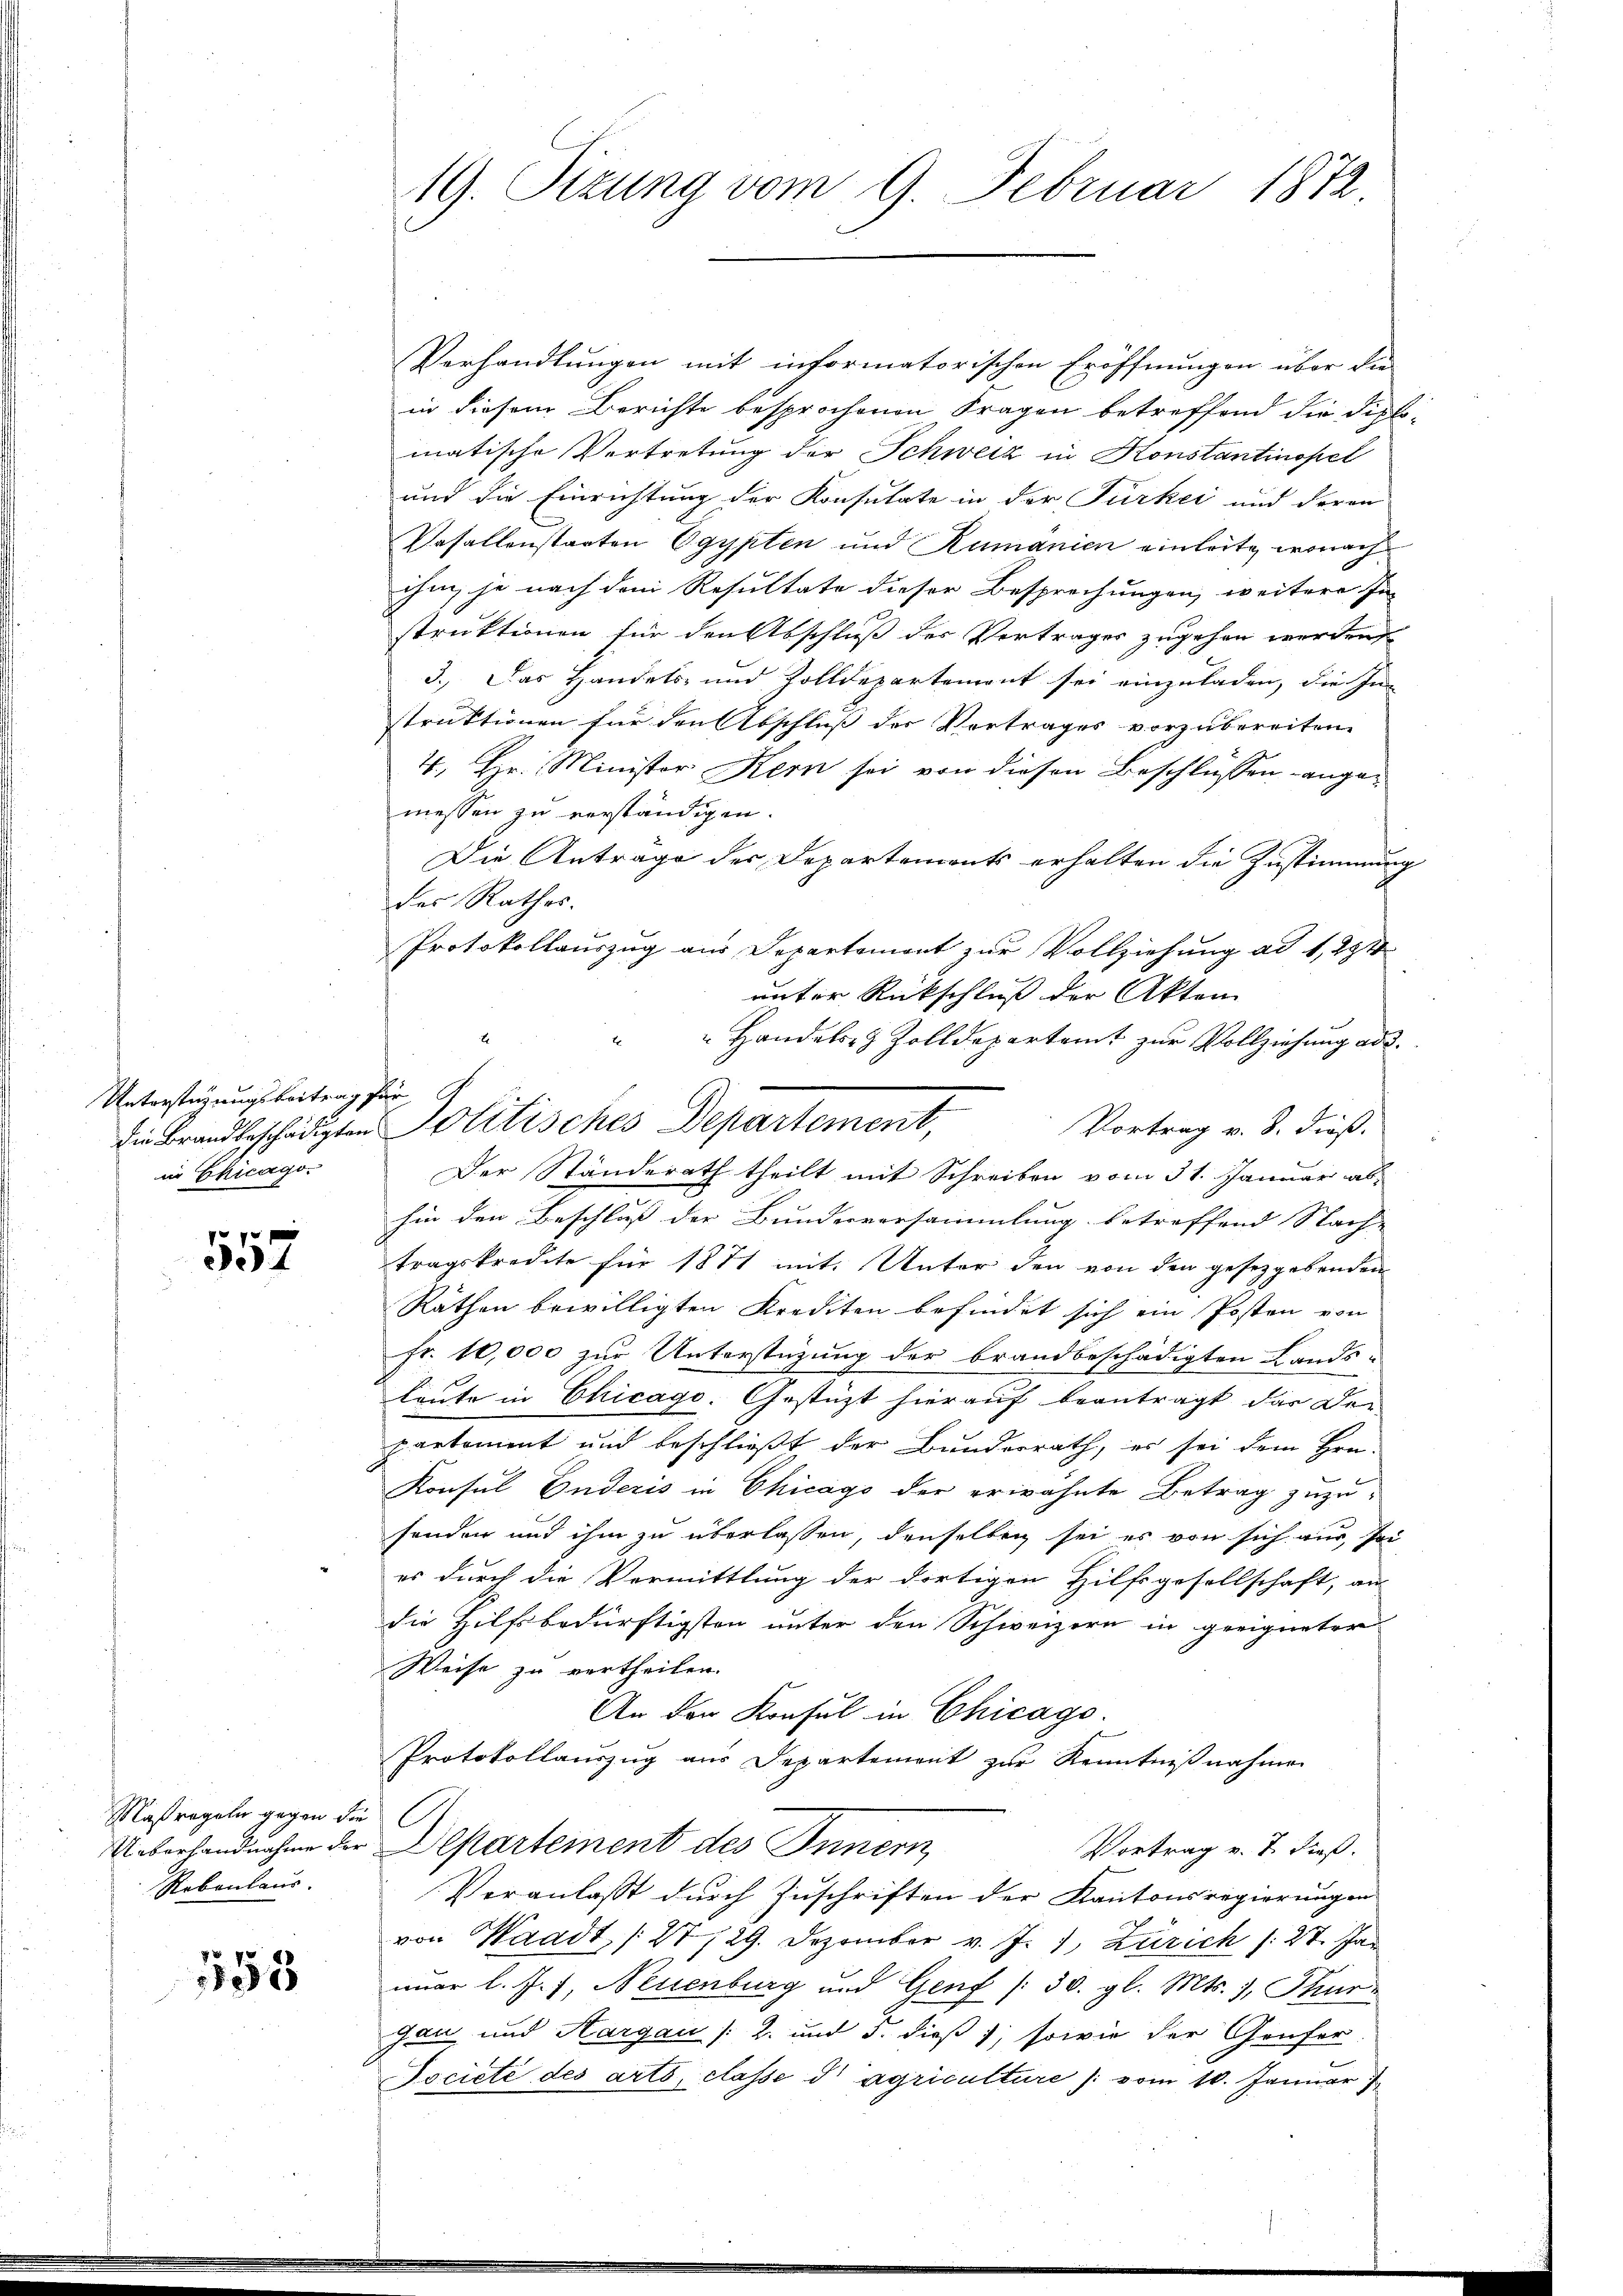
Unterstüzungsbeitrag für A
in Chicago.

f 0 x
4

Verhandlungen mit informatorischen Eröffnungen über die
in diesem Berichte besprochenen Fragen betreffend die Diplo-
matische Vertretung der Schweiz in Konstantinopel
und die Einrichtung der Konsulate in der Türkei und deren
Befallenstaaten Egypten und Rumanien einleite, wonach
ihm, je nach dem Resultate dieser Besprechungen, weitere In-
struktionen für den Abschluß des Vertrages zugehen werden
3.) Das Handels- und Zolldepartemont sei einzuladen, die Inn
struktionen für den Abschluß der Vertrages vorzubereiten.
4., Hr. Minister Kern sei von diesen Beschlüssen angemessen zu verständigen.
Die Antrage der Departements erhalten die Zustimmung
des Rathes.
Protokollauszug aus Departemont zur Vollziehung ad 1, 294
unter Rückschluß der Akten
 Handels- & Zolldepartamt zur Vollziehung ad d.
Vortrag v. 8. dieß.
Der Standerath theilt mit Schreiben vom 31. Januar ab-
hin den Beschluß der Bundesversammlung betreffend Sache
tragskredite für 1871 mit. Unter den von den gesetzgebenden
Räthen bewilligten Krediten befindet sich ein Posten von
fr. 10,000 zur Unterstüzung der brandbeschädigten Lands-
leute in Chicago. Gestützt hierauf beantragt, das Dei-
partement und beschließt der Bundesrath, es sei dem Hrn.
Konsul Guderis in Chicago der erwähnte Betrag zuzu-
senden und ihm zu überlassen, denselben sei es von sich aus, sei
es durch die Vermittlung der dortigen Hilfsgesellschaft, an
die Hilfsbedürftigsten unter den Schweizern in geeigneter
Weise zu vertheilen.
An der Konsul in Chicago
Protokollauszug aus Departement zur Kenntnißnahme
Ueberhandnahme der Departement des Innern
Vortrag v. 7. dieß.
Veranlasst durch Zuschriften der Kantonsregierungen
von Waadt, /27/29. Dezember v. J. 1, Zürich /: 27. Jan
nuar l. J. J. Neuenburg und Genf /30. gl. Mts., Thurgau und Aargau (2. und 5. dieß 1; sowie der Genfer-
Jocieté des arts, classe d agriculture /: vom 10. Januar)

Maßregeln gegen die
Rebenhaus.

558

19. Sizung vom 9. Februar 1872

die Brandbeschädigten Politisches Departement,